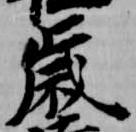
歳